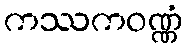
ကဿကဝဏ္ဏံ